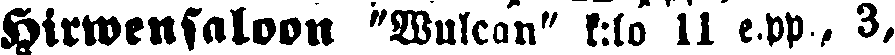
Hirwensaloon "Wulcan" k:lo 11 e.pp., 3,